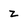
Character: z